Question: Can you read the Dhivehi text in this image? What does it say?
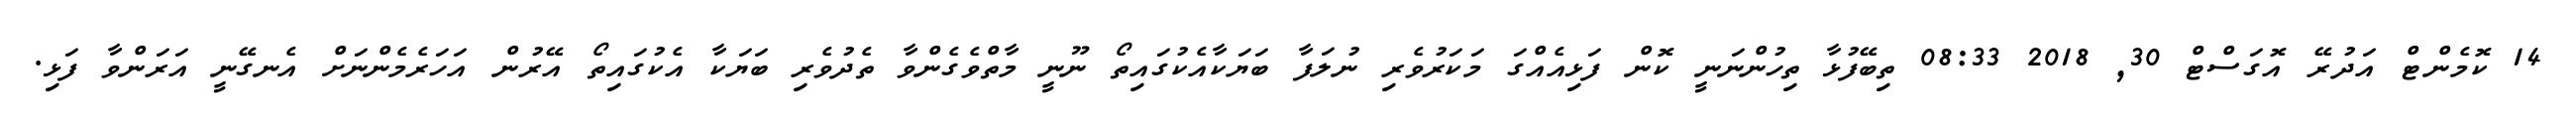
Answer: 14 ކޮމެންޓް އަދުރޭ އޮގަސްޓް 30, 2018 08:33 ތިބޭފުޅާ ތިހުންނަނީ ކޮން ފަޅިއެއްގަ މަކަރުވެރި ނުލަފާ ބަޔަކާއެކުގައިތޯ ނޫނީ މާތްވެގެންވާ ތެދުވެރި ބަޔަކާ އެކުގައިތޯ އޭރުން އަހަރެމެންނަށް އެނގޭނީ އަރަންވާ ފަޅި.